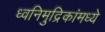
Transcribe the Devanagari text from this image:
ध्वनिमुद्रिकांमध्ये